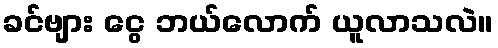
ခင်ဗျား ငွေ ဘယ်လောက် ယူလာသလဲ။